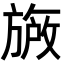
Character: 𬀐